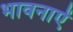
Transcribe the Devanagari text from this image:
भावनाऐं